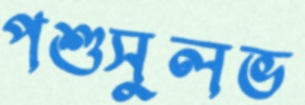
পশুসুলভ